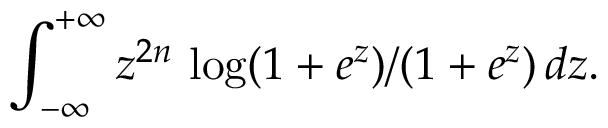
\int _ { - \infty } ^ { + \infty } z ^ { 2 n } \, \log ( 1 + e ^ { z } ) / ( 1 + e ^ { z } ) \, d z .